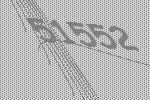
51552